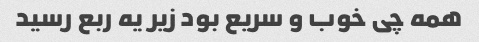
همه چی خوب و سریع بود زیر یه ربع رسید